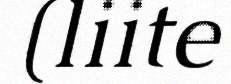
(liite